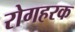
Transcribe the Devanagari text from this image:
रोगहरक